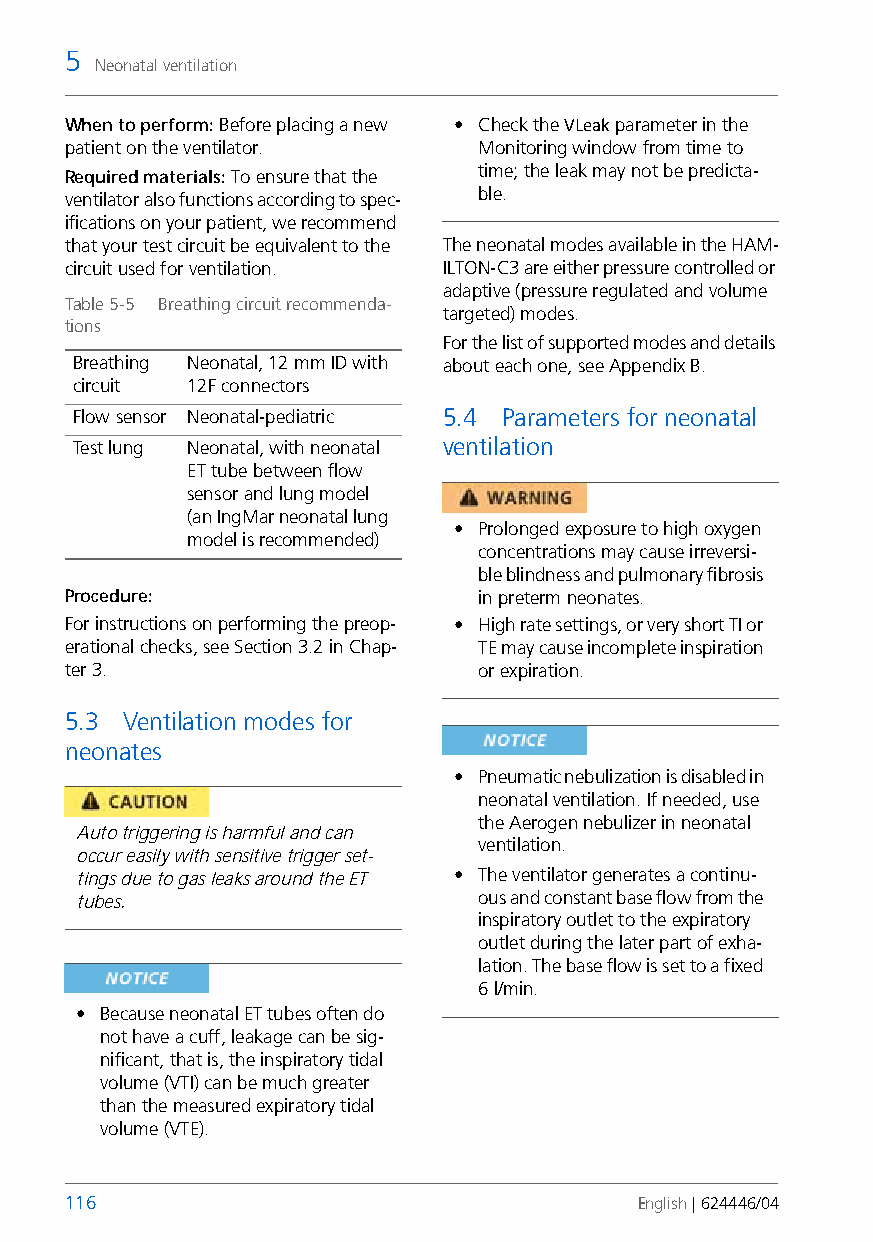
5
 Neonatal ventilation
 When to perform: Before placing a new • Check the VLeak parameter in the
 patient on the ventilator.  Monitoring window from time to
 Required materials: To ensure that the time; the leak may not be predicta-
 ventilator also functions according to spec- ble.
 ifications on your patient, we recommend
 that your test circuit be equivalent to the The neonatal modes available in the HAM-
 circuit used for ventilation. ILTON-C3 are either pressure controlled or
 adaptive (pressure regulated and volume
 Table 5-5 Breathing circuit recommenda-
 targeted) modes.
 tions
 For the list of supported modes and details
 Breathing Neonatal, 12mm ID with about each one, see Appendix B.
 circuit 12F connectors
 Flow sensor Neonatal-pediatric 5.4 Parameters for neonatal
 Test lung Neonatal, with neonatal ventilation
 ET tube between flow
 sensor and lung model
 (an IngMar neonatal lung
 • Prolonged exposure to high oxygen
 model is recommended)
 concentrations may cause irreversi-
 ble blindness and pulmonary fibrosis
 Procedure:                  in preterm neonates.
 For instructions on performing the preop- • High rate settings, or very short TI or
 erational checks, see Section 3.2 in Chap- TE may cause incomplete inspiration
 ter 3.                      or expiration.
 5.3 Ventilation modes for
 neonates
 • Pneumatic nebulization is disabled in
 neonatal ventilation. If needed, use
 the Aerogen nebulizer in neonatal
 Auto triggering is harmful and can
 ventilation.
 occur easily with sensitive trigger set-
 tings due to gas leaks around the ET • The ventilator generates a continu-
 tubes.                     ous and constant base flow from the
 inspiratory outlet to the expiratory
 outlet during the later part of exha-
 lation. The base flow is set to a fixed
 6 l/min.
 • Because neonatal ET tubes often do
 not have a cuff, leakage can be sig-
 nificant, that is, the inspiratory tidal
 volume (VTI) can be much greater
 than the measured expiratory tidal
 volume (VTE).
 116                                   English | 624446/04